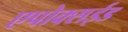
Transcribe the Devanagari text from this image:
एपोक्सईड